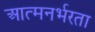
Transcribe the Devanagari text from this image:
आत्मनर्भरता